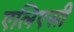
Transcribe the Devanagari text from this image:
एलिएसी